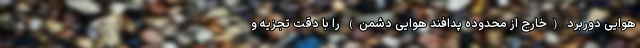
هوایی دوربرد (خارج از محدوده پدافند هوایی دشمن) را با دقت تجزیه و